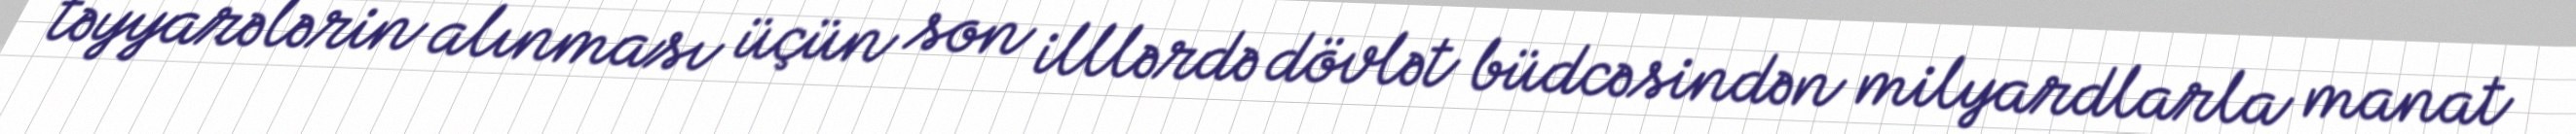
təyyarələrin alınması üçün son illlərdə dövlət büdcəsindən milyardlarla manat